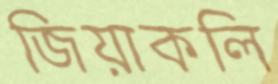
জিয়াকলি